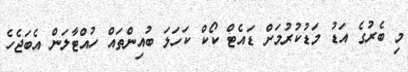
މި ބެރުގެ އަޑު މަޑުކުރުމަށް ޑައެޓް ކޯކް ކަހަލަ ބުއިންތައް ހުއްޓާލަން އެބަޖެހެ